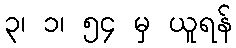
၃၊ ၁၊ ၅၄ မှ ယူရန်